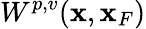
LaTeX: W^{p,v}({\mathbf x},{\mathbf x}_{F})